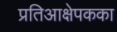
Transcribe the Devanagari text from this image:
प्रतिआक्षेपकका